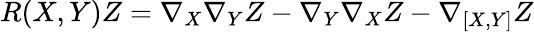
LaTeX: R(X,Y)Z=\nabla_{X}\nabla_{Y}Z-\nabla_{Y}\nabla_{X}Z-\nabla_{[X,Y]}Z